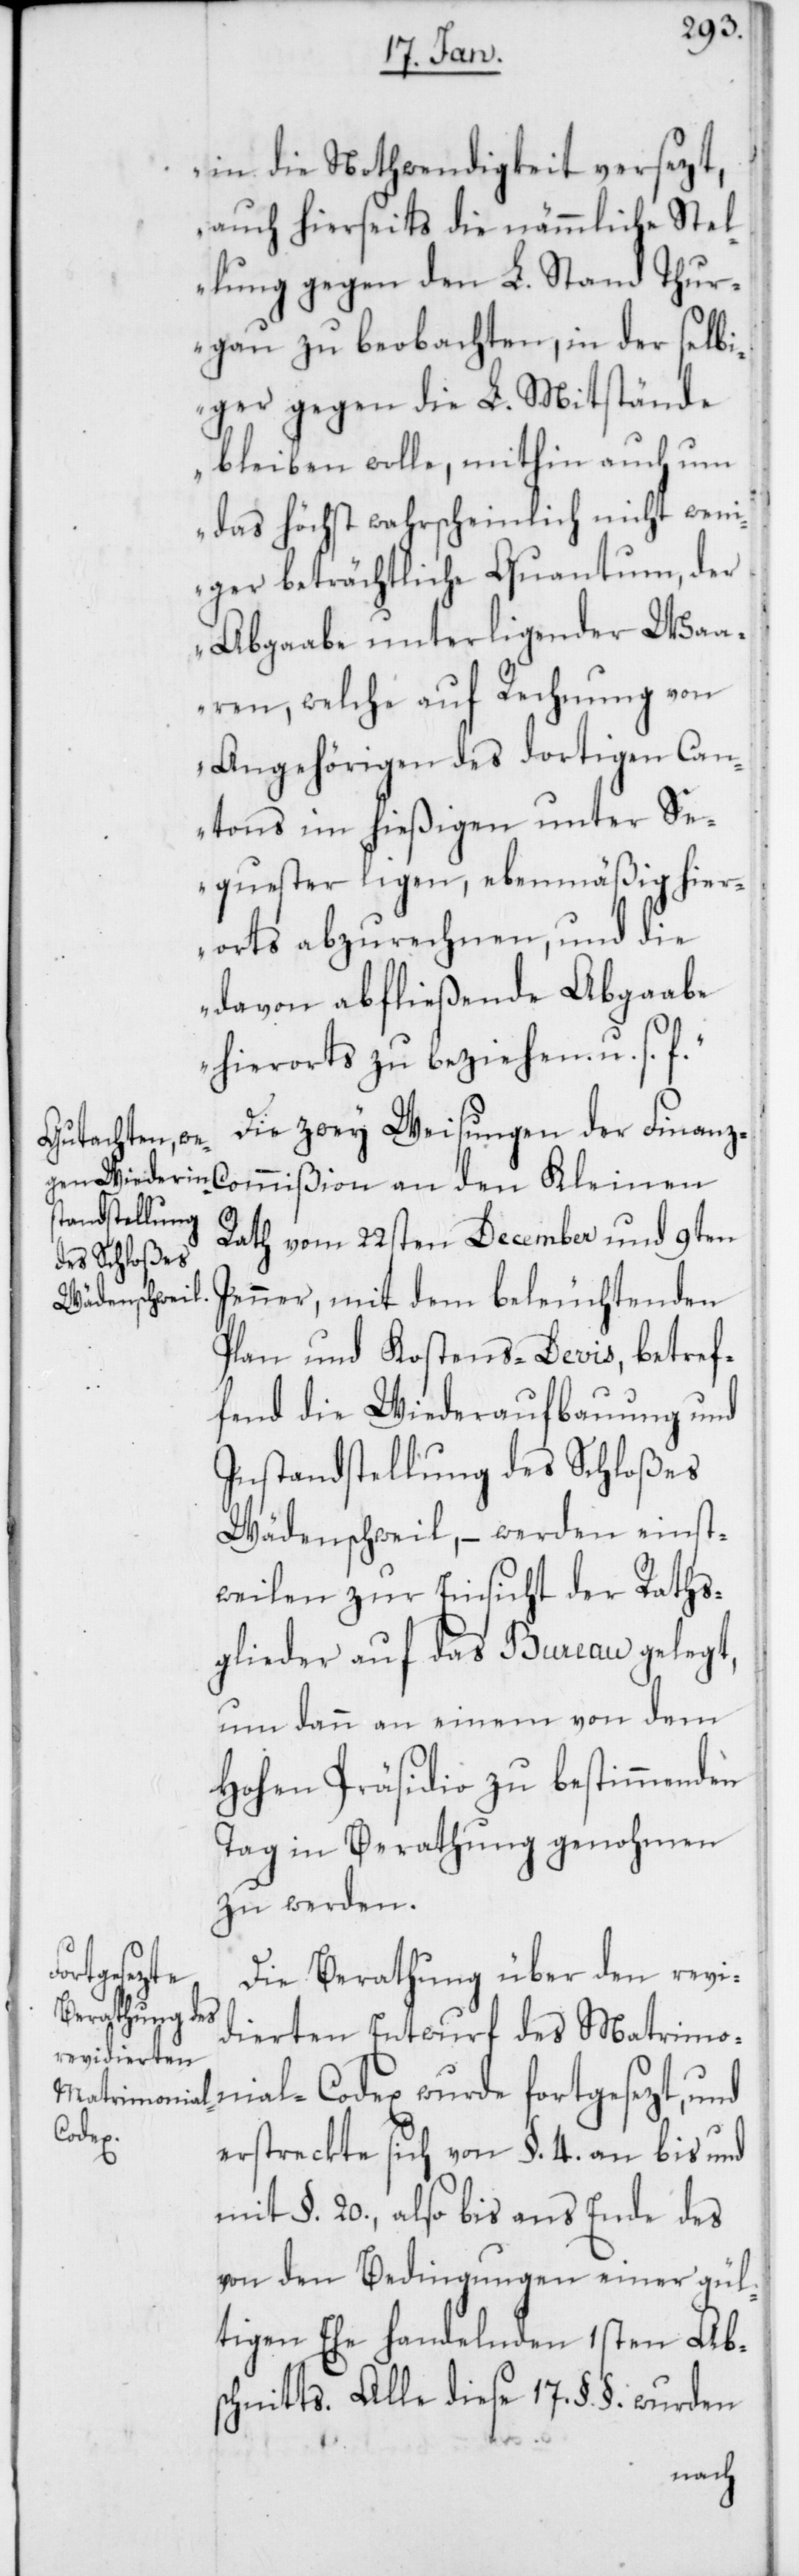
in die Nothwendigkeit versezt,
auch hierseits die nämmliche Stel¬
lung gegen den L. Stand Thur¬
gau zu beobachten, in der selbi¬
ger gegen die L. Mitstände
bleiben wolle, mithin auch um
das höchst wahrscheinlich nicht weni¬
ger beträchtliche Quantum der
Abgaabe unterliegender Waa¬
ren, welche auf Rechnung von
Angehörigen des dortigen Can¬
tons im hießigen unter Se¬
quester ligen, ebenmäßig hier¬
orts abzurechnen, und die
davon abfließende Abgaabe
hierorts zu beziehen, u. s. f.“
Die zwey Weisungen der Finan¬
Rath vom 22sten December und 9ten
Jenner, mit dem beleuchtenden
Plan und Kostens-Devis, betref¬
fend die Wiederaufbauung und
Instandstellung des Schloßes
Wädenschweil, – werden einst¬
weilen zur Einsicht der Raths¬
glieder auf das Bureau gelegt,
um dann an einem von dem
Hohen Präsidio zu bestimmenden
Tag in Berathung genohmen
zu werden.
Kleinen
Die Berathung über den revi¬
dierten Entwurf des Matrimo¬
nial-Codex wurde fortgesezt, und
erstreckte sich vom §. 4 an bis und
mit §. 20., also bis ans Ende des
von den Bedingungen einer gül¬
tigen Ehe handelnden 1sten Ab¬
schnitts. Alle diese 17. §. §. wurden